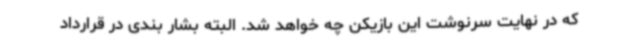
که در نهایت سرنوشت این بازیکن چه خواهد شد. البته بشار بندی در قرارداد